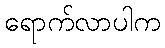
ရောက်လာပါက